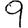
Digit: 9